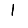
Digit: 1